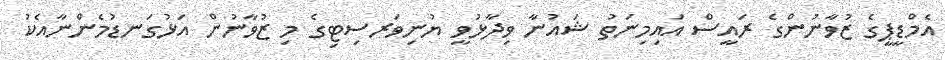
އެމްޑީޕީގެ ޒުވާނުންގެ ރައީސް އައިމިނަތު ޝައުނާ ވިދާޅުވީ ޔުނިވަރސިޓިގެ މި ޒުވާނުން އަޅުގަނޑުމެންނާއެކު